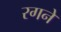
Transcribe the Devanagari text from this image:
रगने